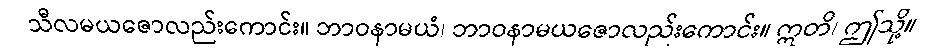
သီလမယဇောလည်းကောင်း။ ဘာဝနာမယံ၊ ဘာဝနာမယဇောလည်းကောင်း။ ဣတိ၊ ဤသို့။